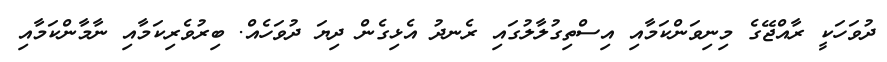
ދުވަހަކީ ރާއްޖޭގެ މިިނިވަންކަމާއި އިސްތިގުލާލުގައި ރެނދު އެޅިގެން ދިޔަ ދުވަހެއް. ބިރުވެރިކަމާއި ނާމާންކަމާއި